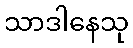
သာဒါနေသု